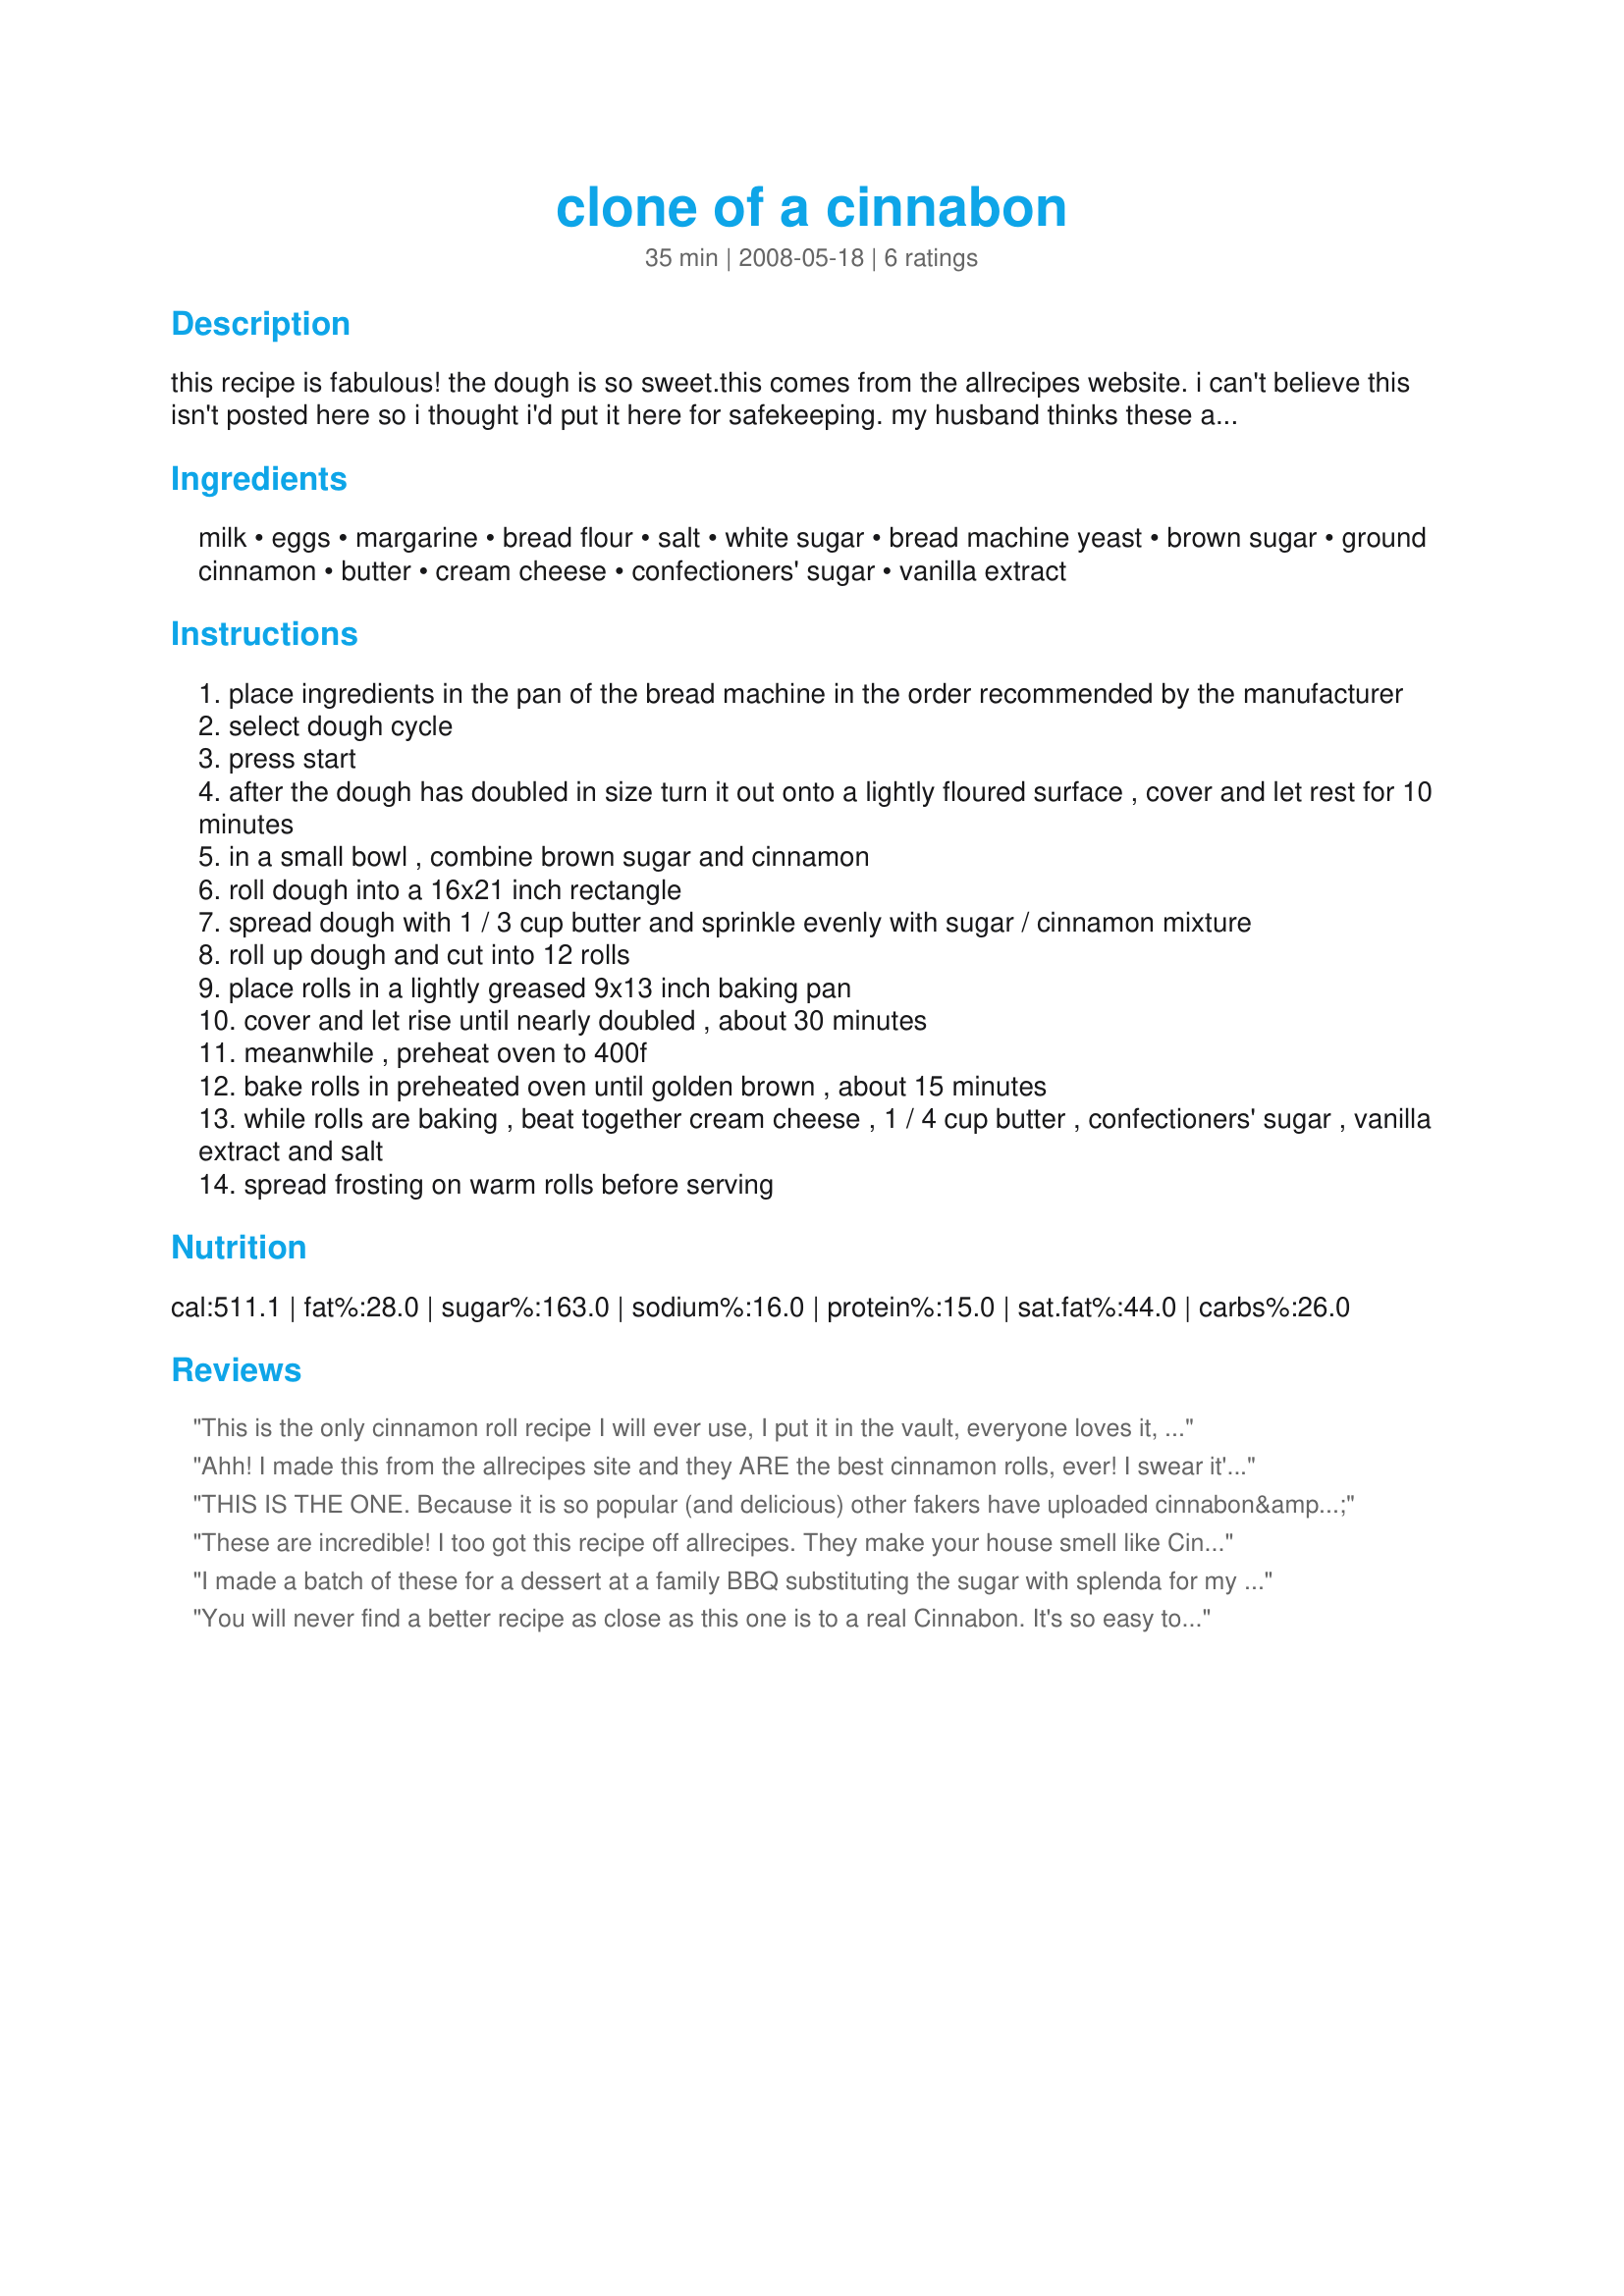
clone of a cinnabon
Preparation time: 35 minutes

this recipe is fabulous! the dough is so sweet.this comes from the allrecipes website. i can't believe this isn't posted here so i thought i'd put it here for safekeeping. my husband thinks these are the greatest thing i make. sometimes i add raisins (his favorite). rising time isn't included in the time but it takes about 3 hrs. total time.

Ingredients:
milk, eggs, margarine, bread flour, salt, white sugar, bread machine yeast, brown sugar, ground cinnamon, butter, cream cheese, confectioners' sugar, vanilla extract

Steps:
place ingredients in the pan of the bread machine in the order recommended by the manufacturer
select dough cycle
press start
after the dough has doubled in size turn it out onto a lightly floured surface , cover and let rest for 10 minutes
in a small bowl , combine brown sugar and cinnamon
roll dough into a 16x21 inch rectangle
spread dough with 1 / 3 cup butter and sprinkle evenly with sugar / cinnamon mixture
roll up dough and cut into 12 rolls
place rolls in a lightly greased 9x13 inch baking pan
cover and let rise until nearly doubled , about 30 minutes
meanwhile , preheat oven to 400f
bake rolls in preheated oven until golden brown , about 15 minutes
while rolls are baking , beat together cream cheese , 1 / 4 cup butter , confectioners' sugar , vanilla extract and salt
spread frosting on warm rolls before serving

Reviews:
This is the only cinnamon roll recipe I will ever use, I put it in the vault, everyone loves it, my husband's first choice, I've even had to send them to college with my cousin he loves them so much. I am sending it to my grandma right now!
Ahh! I made this from the allrecipes site and they ARE the best cinnamon rolls, ever! I swear it's how I got my husband to fall in love with me, hah!
THIS IS THE ONE. Because it is so popular (and delicious) other fakers have uploaded cinnabon&#039;s of a similar name - but with questionable ingredients such as: what flour (yuck) and pudding (blechch). Want a perfect Cinnabon bun? Here you go. When I first found this recipe it was the only one on this site. Now I have to sift through a bunch of icky ones to find this one. It&#039;s FABULOUS. It is the only cinnamon bun recipe I use, ever. It&#039;s perfect!
These are incredible! I too got this recipe off allrecipes. They make your house smell like Cinnabon while they're baking... and are worth all the effort it takes to make them!!!
I made a batch of these for a dessert at a family BBQ substituting the sugar with splenda for my grandma, also I didn't add the frosting. They were so popular I had no chance to try them myself. I am definitely going to do these again, next time making two batches one with sugar and one without.
You will never find a better recipe as close as this one is to a real Cinnabon. It's so easy to make! My husband has made them many times and has given them to friends and family at Christmastime. He attaches the recipe now because every person he gave them to ask for it. You will NOT be disappointed.
